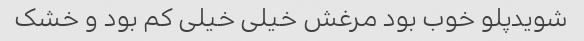
شویدپلو خوب بود مرغش خیلی خیلی کم بود و خشک